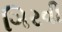
ગિરવી